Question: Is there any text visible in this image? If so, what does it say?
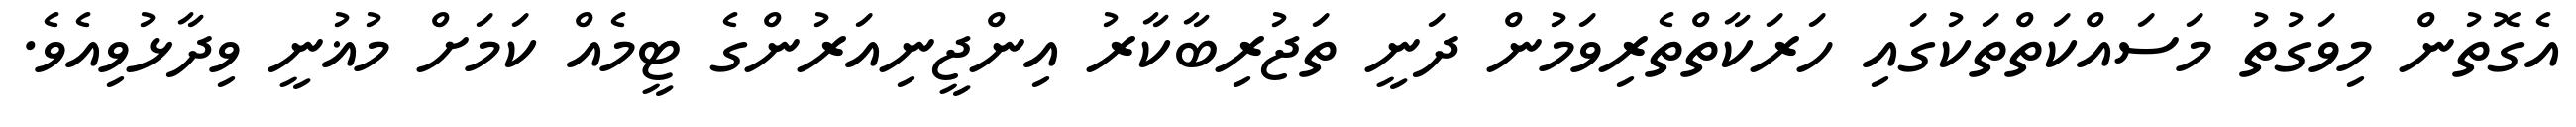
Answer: އެގޮތުން މިވަގުތު މަސައްކަތްތަކުގައި ހަރަކާތްތެރިވަމުން ދަނީ ތަޖުރިބާކާރު އިންޖީނިއަރުންގެ ޓީމެއް ކަމަށް މުޣުނީ ވިދާޅުވިއެވެ.